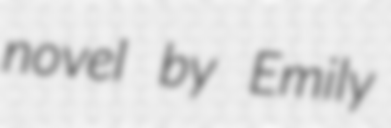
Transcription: novel by Emily